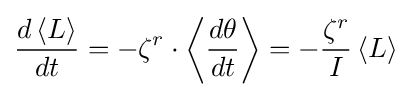
{\frac {d\left\langle L\right\rangle }{dt}}=-{\zeta }^{r}\cdot \left\langle {\frac {d{\theta }}{dt}}\right\rangle =-{\frac {\zeta ^{r}}{I}}\left\langle L\right\rangle